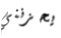
يحزنني